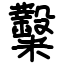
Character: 糳